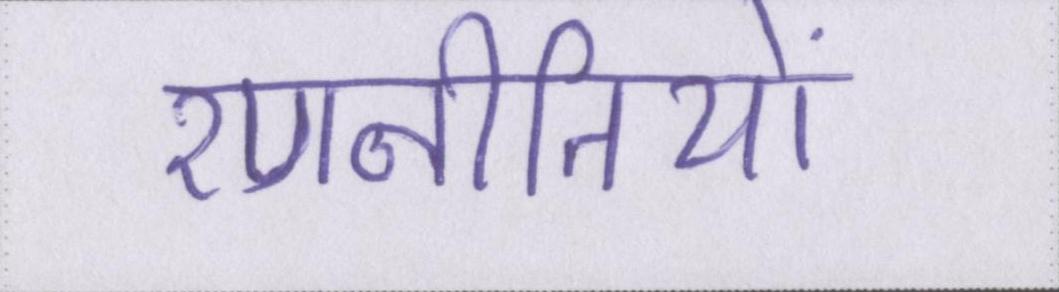
रणनीतियों